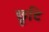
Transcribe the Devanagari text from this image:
छूटि